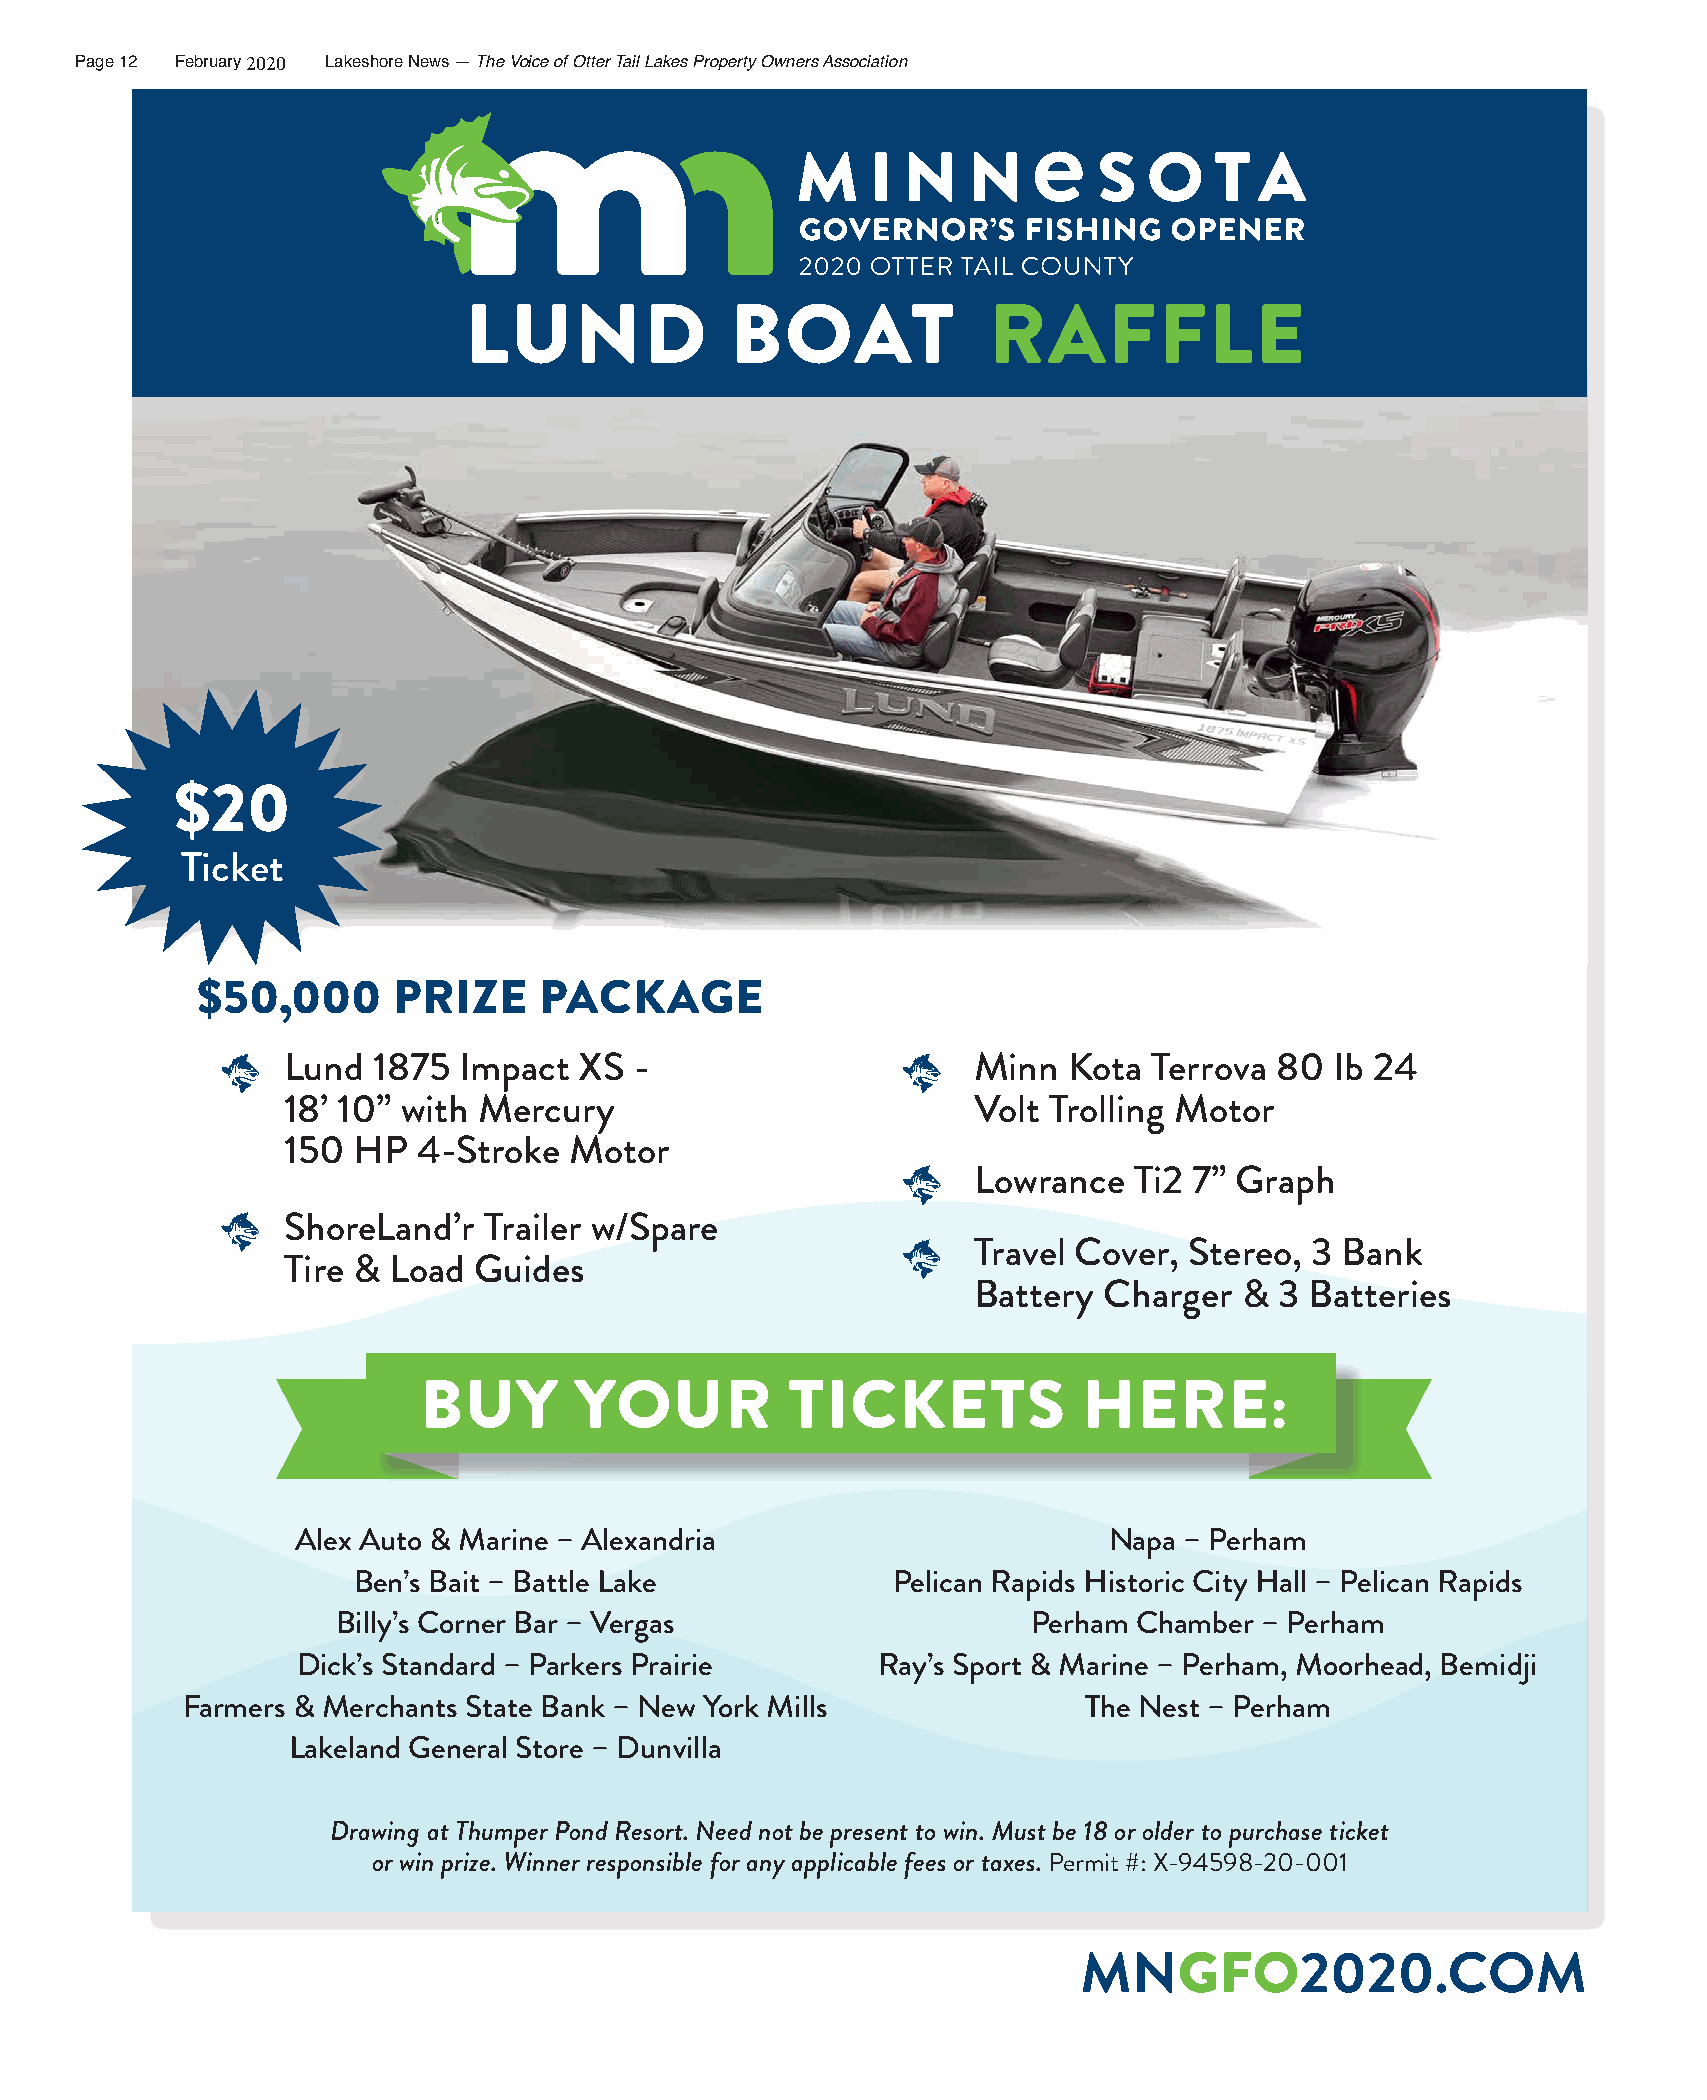
Page 12 February 22001290 Lakeshore News — The Voice of Otter Tail Lakes Property Owners Association
 LUND             BOAT             RAFFLE
 $20
 Ticket
 $50,000      PRIZE     PACKAGE
 Lund  1875 Impact  XS  -                     Minn   Kota Terrova 80  Ib 24
 18’ 10” with Mercury                         Volt Trolling Motor
 150 HP   4-Stroke  Motor
 Lowrance   Ti2 7” Graph
 ShoreLand’r  Trailer w/Spare
 Travel Cover,  Stereo, 3 Bank
 Tire & Load Guides
 Battery  Charger  &  3 Batteries
 BUY       YOUR          TICKETS             HERE:
 Alex Auto & Marine – Alexandria                       Napa – Perham
 Ben’s Bait – Battle Lake            Pelican Rapids Historic City Hall – Pelican Rapids
 Billy’s Corner Bar – Vergas                   Perham Chamber – Perham
 Dick’s Standard – Parkers Prairie     Ray’s Sport & Marine – Perham, Moorhead, Bemidji
 Farmers & Merchants State Bank – New York Mills             The Nest – Perham
 Lakeland General Store – Dunvilla
 Drawing at Thumper Pond Resort. Need not be present to win. Must be 18 or older to purchase ticket
 or win prize. Winner responsible for any applicable fees or taxes. Permit #: X-94598-20-001
 MNGFO2020.COM